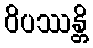
ဝိပဿန္တိ